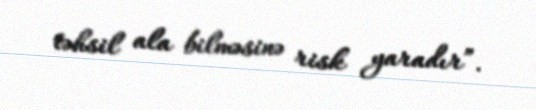
təhsil ala bilməsinə risk yaradır”.